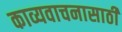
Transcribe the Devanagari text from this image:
काव्यवाचनासाठी